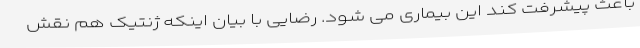
باعث پیشرفت کند این بیماری می شود. رضایی با بیان اینکه ژنتیک هم نقش